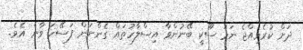
ދަށް ކުރެވިއްޖެ ނަމަ ސޫކީ ބޭނުންވާ އިސްލާހުތައް ގެންނަން ފަސޭހަ ވާނެ އެވެ.